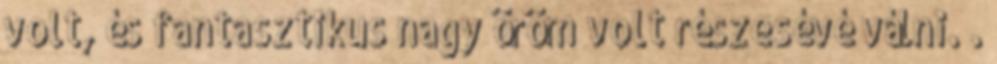
volt, és fantasztikus nagy öröm volt részesévé válni. .